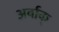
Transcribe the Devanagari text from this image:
अर्वाक्